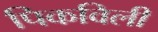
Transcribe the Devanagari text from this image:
पिकविली